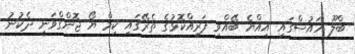
ބްލޫ ހައުސްގައި އިއްޔެ ބޭއްވި ފަރީއްކޮޅުގެ ތެރޭގައި ކިމް ޔޯ ޖޮންގްވަނީ ދެކުނު